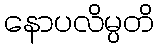
နောပလိမ္ပတိ